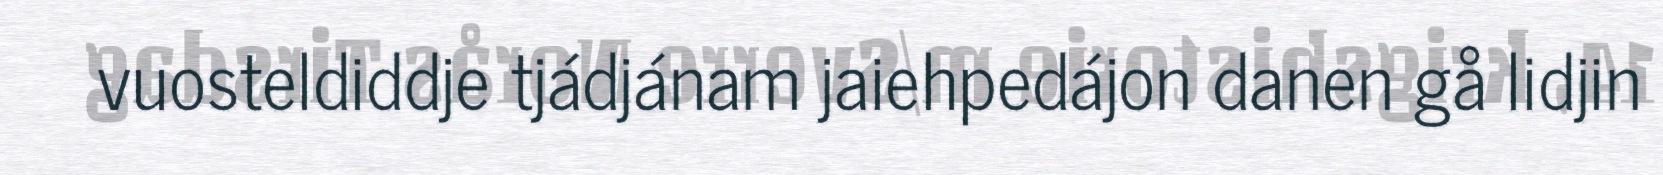
vuosteldiddje tjádjánam jaiehpedájon danen gå lidjin